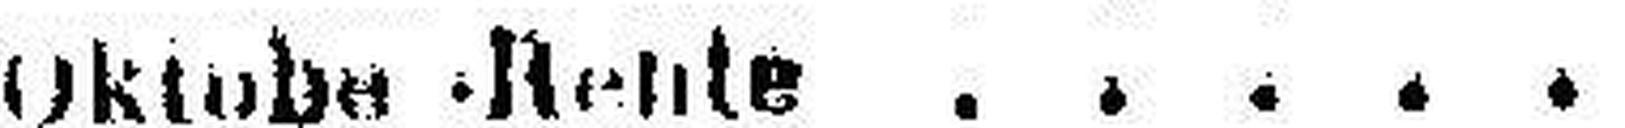
Oktober-Rente